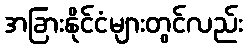
အခြားနိုင်ငံများတွင်လည်း